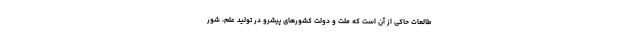
طالعات حاکی از آن است که ملت و دولت کشورهای پیشرو در تولید علم، شور